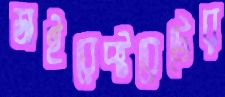
ডাইরেক্টরেটের